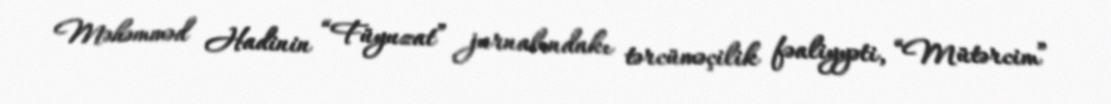
Məhəmməd Hadinin “Füyuzat” jurnalındakı tərcüməçilik fəaliyyəti, “Mütərcim”